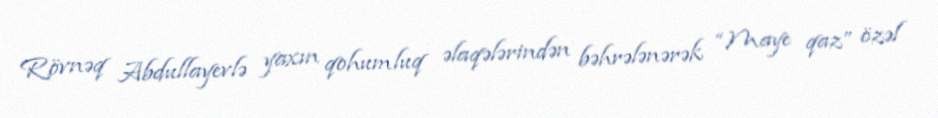
Rövnəq Abdullayevlə yaxın qohumluq əlaqələrindən bəhrələnərək “Maye qaz” özəl